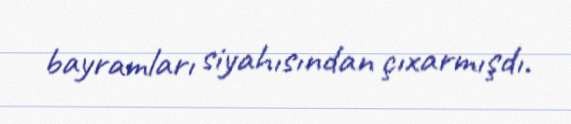
bayramları siyahısından çıxarmışdı.